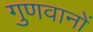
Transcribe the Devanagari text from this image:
गुणवानों